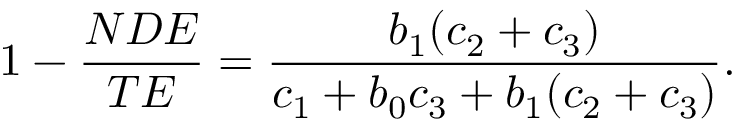
1 - { \frac { N D E } { T E } } = { \frac { b _ { 1 } ( c _ { 2 } + c _ { 3 } ) } { c _ { 1 } + b _ { 0 } c _ { 3 } + b _ { 1 } ( c _ { 2 } + c _ { 3 } ) } } .